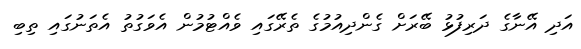
އަދި އޭނާގެ ދަރިފުޅު ބޭރަށް ގެންދިއުމުގެ ތެރޭގައި ވެއްޓުމުން އެވަގުތު އެތަނުގައި ތިބި